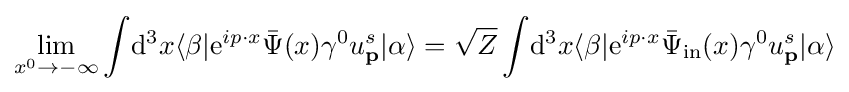
\lim _{x^{0}\rightarrow -\infty }\int \!\mathrm {d} ^{3}x\langle \beta |\mathrm {e} ^{ip\cdot x}{\bar {\Psi }}(x)\gamma ^{0}u_{\textbf {p}}^{s}|\alpha \rangle ={\sqrt {Z}}\int \!\mathrm {d} ^{3}x\langle \beta |\mathrm {e} ^{ip\cdot x}{\bar {\Psi }}_{\text{in}}(x)\gamma ^{0}u_{\textbf {p}}^{s}|\alpha \rangle